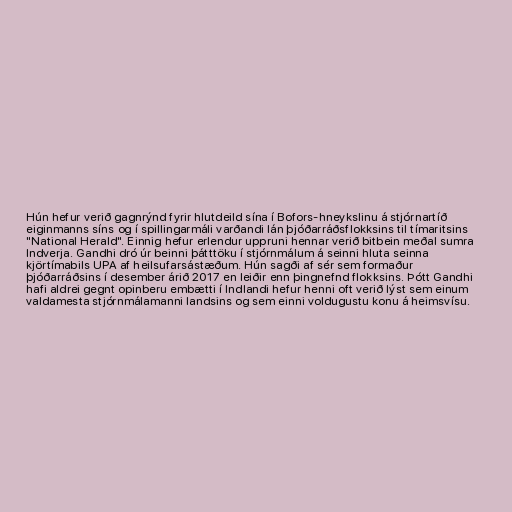
Hún hefur verið gagnrýnd fyrir hlutdeild sína í Bofors-hneykslinu á stjórnartíð
eiginmanns síns og í spillingarmáli varðandi lán þjóðarráðsflokksins til tímaritsins
"National Herald". Einnig hefur erlendur uppruni hennar verið bitbein meðal sumra
Indverja. Gandhi dró úr beinni þátttöku í stjórnmálum á seinni hluta seinna
kjörtímabils UPA af heilsufarsástæðum. Hún sagði af sér sem formaður
þjóðarráðsins í desember árið 2017 en leiðir enn þingnefnd flokksins. Þótt Gandhi
hafi aldrei gegnt opinberu embætti í Indlandi hefur henni oft verið lýst sem einum
valdamesta stjórnmálamanni landsins og sem einni voldugustu konu á heimsvísu.